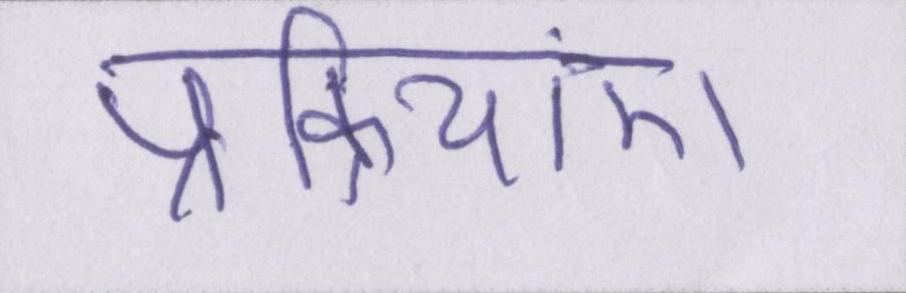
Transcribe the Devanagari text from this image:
प्रक्रियाएं